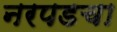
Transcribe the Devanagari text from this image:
नरपडचा